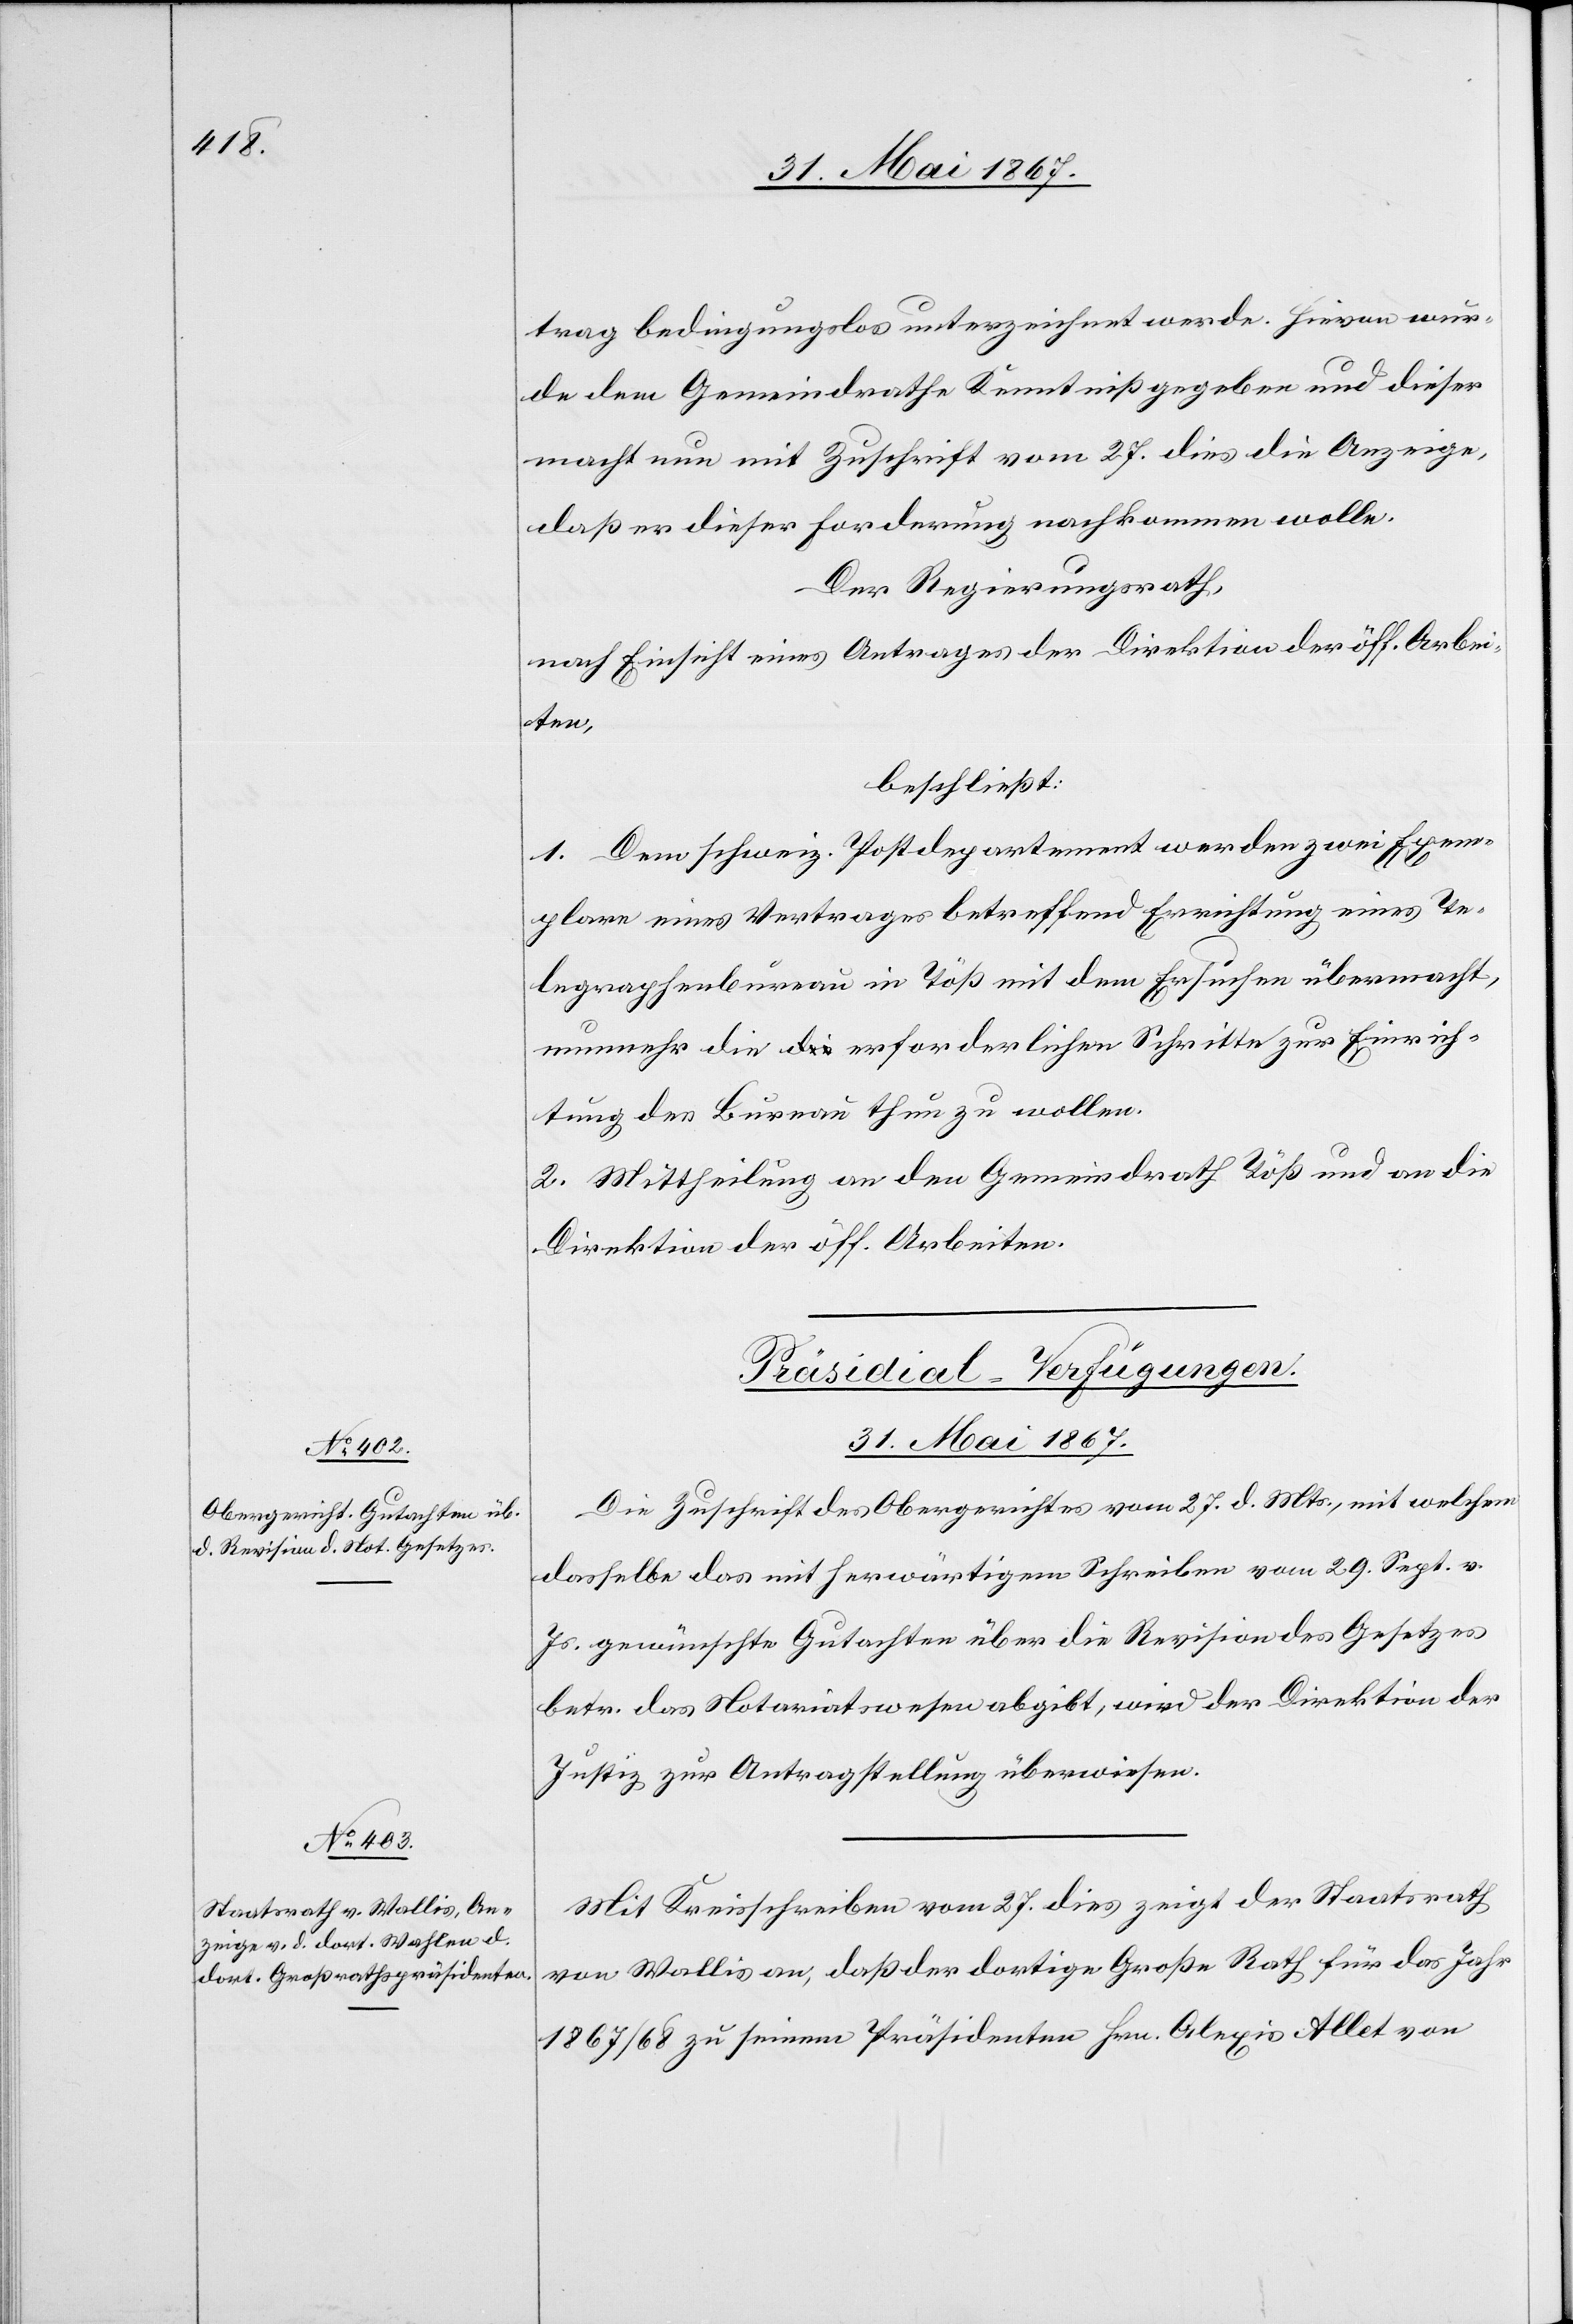
31. Mai 1867.]
trag bedingungslos unterzeichnet werde. Hievon wur¬
de dem Gemeindrathe Kenntniß gegeben und dieser
macht nun mit Zuschrift vom 27. dies die Anzeige,
daß er dieser Forderung nachkommen wolle.
Der Regierungsrath,
nach Einsicht eines Antrages der Direktion der öff. Arbei¬
ten,
beschließt:
1. Dem schweiz. Postdepartement werden zwei Exem¬
plare eines Vertrages betreffend Errichtung eines Te¬
legraphenbureau in Töß mit dem Ersuchen übermacht,
nunmehr die erforderlichen Schritte zu Einrich¬
tung des Bureau thun zu wollen.
2. Mittheilung an den Gemeindrath Töß und an die
Direktion der öff. Arbeiten.
[Präsidial-Verfügungen.
31. Mai 1867.
Die Zuschrift des Obergerichtes vom 27. d. Mts., mit welchem
dasselbe das mit herwärtigem Schreiben vom 29. Sept. v.
Js. gewünschte Gutachten über die Revision des Gesetzes
betr. das Notariatswesen abgibt, wird der Direktion der
Justiz zur Antragstellung überwiesen.
Mit Kreisschreiben vom 27. dies zeigt der Staatsrath
von Wallis an, daß der dortige Große Rath für das Jahr
1867/68 zu seinem Präsidenten Hrn. Alexis Allet von